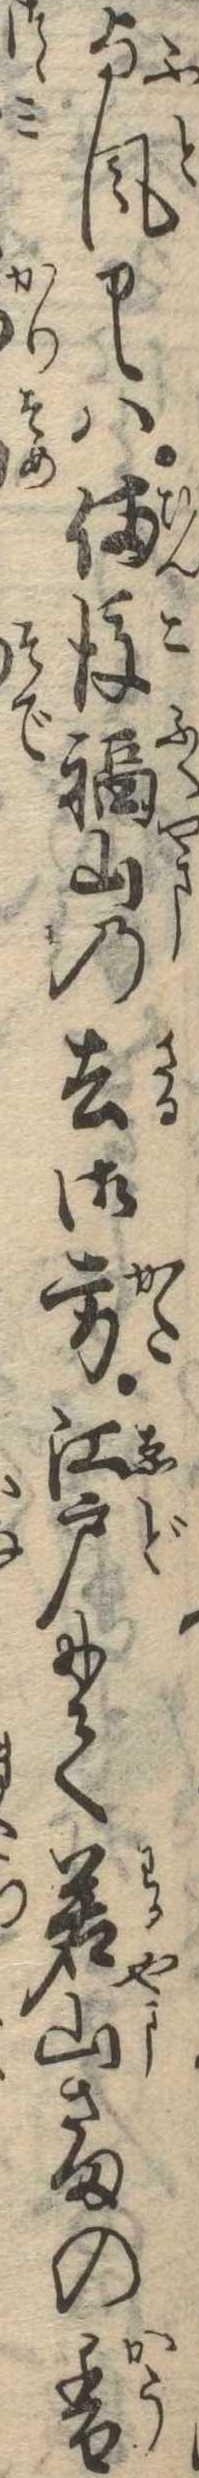
与風申候は備後福山の去御方江戸にて若山さまの香